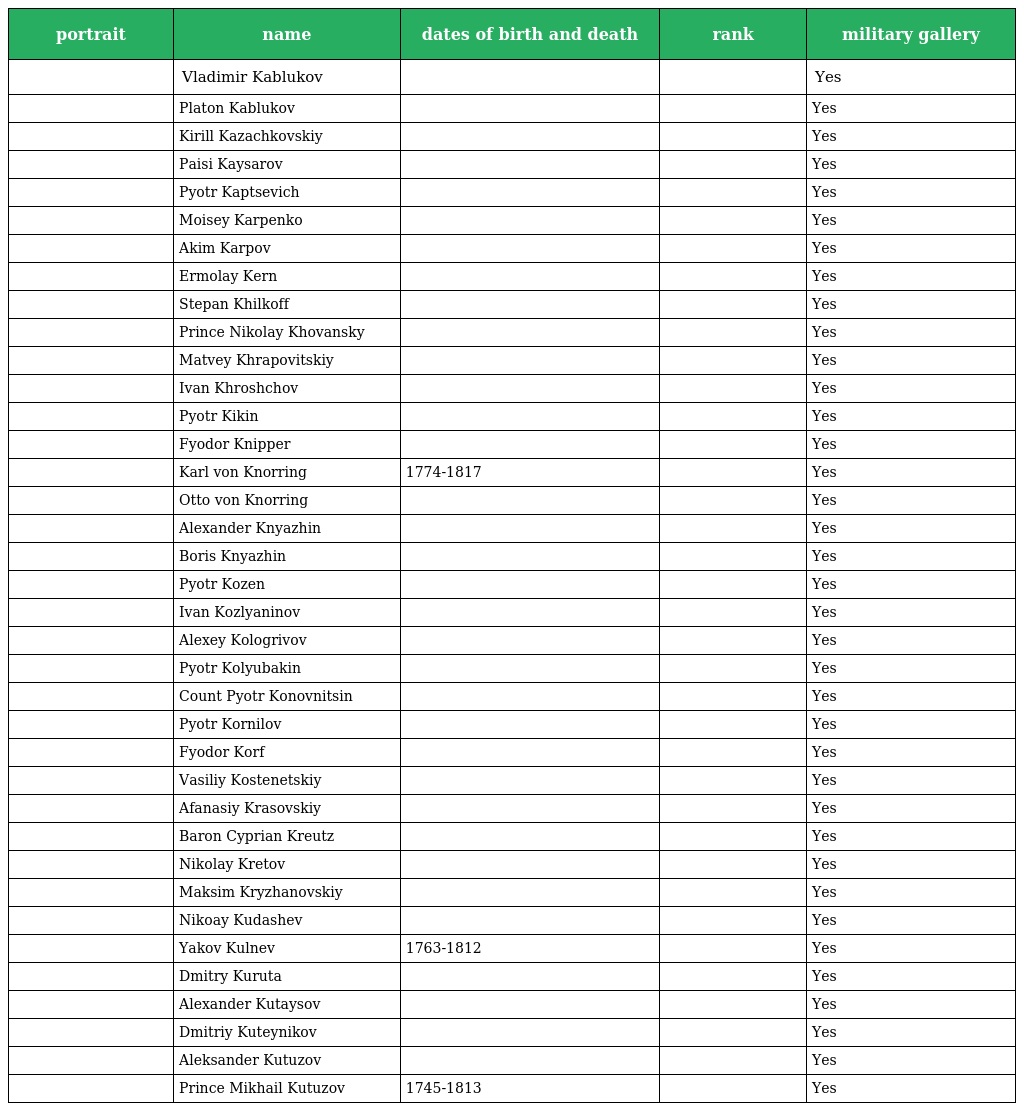
| portrait | name | dates of birth and death | rank | military gallery |
 | --- | --- | --- | --- | --- |
 |  | Vladimir Kablukov |  |  | Yes |
 |  | Platon Kablukov |  |  | Yes |
 |  | Kirill Kazachkovskiy |  |  | Yes |
 |  | Paisi Kaysarov |  |  | Yes |
 |  | Pyotr Kaptsevich |  |  | Yes |
 |  | Moisey Karpenko |  |  | Yes |
 |  | Akim Karpov |  |  | Yes |
 |  | Ermolay Kern |  |  | Yes |
 |  | Stepan Khilkoff |  |  | Yes |
 |  | Prince Nikolay Khovansky |  |  | Yes |
 |  | Matvey Khrapovitskiy |  |  | Yes |
 |  | Ivan Khroshchov |  |  | Yes |
 |  | Pyotr Kikin |  |  | Yes |
 |  | Fyodor Knipper |  |  | Yes |
 |  | Karl von Knorring | 1774-1817 |  | Yes |
 |  | Otto von Knorring |  |  | Yes |
 |  | Alexander Knyazhin |  |  | Yes |
 |  | Boris Knyazhin |  |  | Yes |
 |  | Pyotr Kozen |  |  | Yes |
 |  | Ivan Kozlyaninov |  |  | Yes |
 |  | Alexey Kologrivov |  |  | Yes |
 |  | Pyotr Kolyubakin |  |  | Yes |
 |  | Count Pyotr Konovnitsin |  |  | Yes |
 |  | Pyotr Kornilov |  |  | Yes |
 |  | Fyodor Korf |  |  | Yes |
 |  | Vasiliy Kostenetskiy |  |  | Yes |
 |  | Afanasiy Krasovskiy |  |  | Yes |
 |  | Baron Cyprian Kreutz |  |  | Yes |
 |  | Nikolay Kretov |  |  | Yes |
 |  | Maksim Kryzhanovskiy |  |  | Yes |
 |  | Nikoay Kudashev |  |  | Yes |
 |  | Yakov Kulnev | 1763-1812 |  | Yes |
 |  | Dmitry Kuruta |  |  | Yes |
 |  | Alexander Kutaysov |  |  | Yes |
 |  | Dmitriy Kuteynikov |  |  | Yes |
 |  | Aleksander Kutuzov |  |  | Yes |
 |  | Prince Mikhail Kutuzov | 1745-1813 |  | Yes |